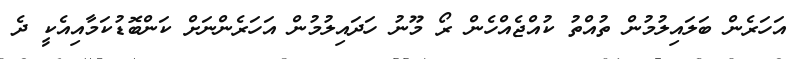
އަހަރެން ބަލައިލުމުން ތުއްތު ކުއްޖެއްހެން ރޯ މޫނު ހަދައިލުމުން އަހަރެންނަށް ކަންބޮޑުކަމާއިއެކީ ދެ